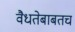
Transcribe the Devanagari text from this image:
वैधतेबाबतच